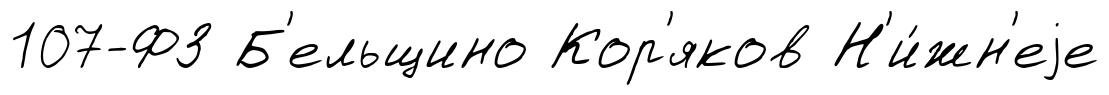
107-ФЗ Б'ельщино Кор'яков Н'и́жн'еjе